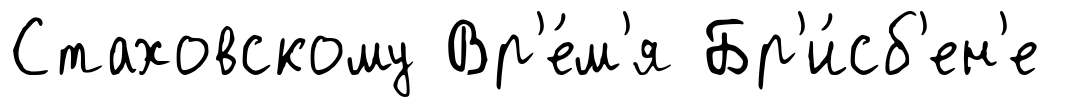
Стаховскому Вр'е́м'я Бр'и́сб'ен'е